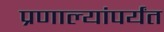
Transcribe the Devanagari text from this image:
प्रणाल्यांपर्यंत